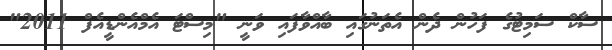
ސާކް ސަމިޓުގެ ފަހުން ދެން އެތަނުގައި ބާއްވާފައި ވަނީ "މިސްޓަ އެމްއެންޑީއެފް 2011"